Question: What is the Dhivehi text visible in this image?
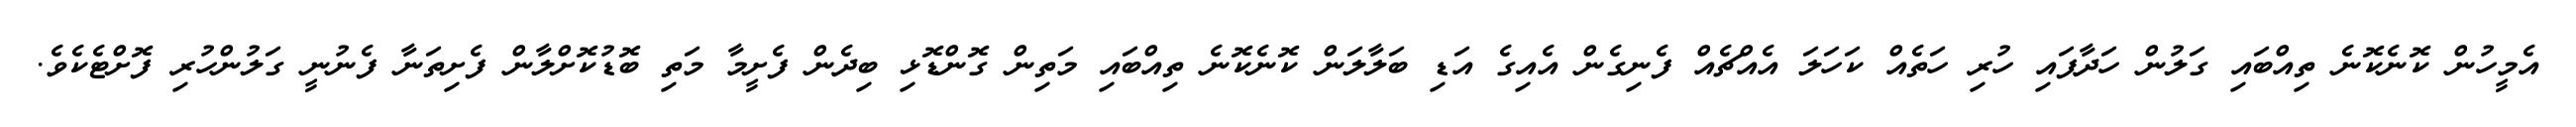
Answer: އެމީހުން ކޮނެކޮނެ ތިއްބައި ގަލުން ހަދާފައި ހުރި ހަތެއް ކަހަލަ އެއްޗެއް ފެނިގެން އެއިގެ އަޑި ބަލާލަން ކޮނެކޮނެ ތިއްބައި މަތިން ގޮންޑޮޅި ބިދެން ފެށީމާ މަތި ބޮޑުކޮށްލާން ފެށިތަނާ ފެނުނީ ގަލުންހުރި ފޮށްޓެކެވެ.